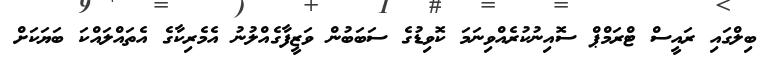
ބިލްގައި ރައީސް ޓްރަމްޕް ސޮއިނުކުރެއްވިނަމަ ކޮވިޑުގެ ސަބަބުން ވަޒީފާގެއްލުނު އެމެރިކާގެ އެތައްލައްކަ ބަޔަކަށް